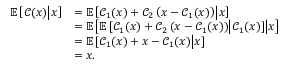
\begin{array} { r l } { \mathbb { E } \left[ \mathcal { C } ( x ) \middle | x \right] } & { = \mathbb { E } \left[ \mathcal { C } _ { 1 } ( x ) + \mathcal { C } _ { 2 } \left( x - \mathcal { C } _ { 1 } ( x ) \right) \middle | x \right] } \\ & { = \mathbb { E } \left[ \mathbb { E } \left[ \mathcal { C } _ { 1 } ( x ) + \mathcal { C } _ { 2 } \left( x - \mathcal { C } _ { 1 } ( x ) \right) \middle | \mathcal { C } _ { 1 } ( x ) \right] \middle | x \right] } \\ & { = \mathbb { E } \left[ \mathcal { C } _ { 1 } ( x ) + x - \mathcal { C } _ { 1 } ( x ) \middle | x \right] } \\ & { = x . } \end{array}